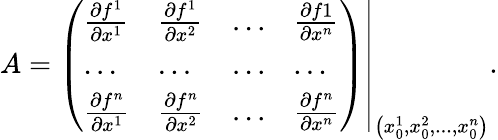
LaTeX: A=\left.\left(\begin{array}{llll}{\frac{\partial f^{1}}{\partial x^{1}}}&{\frac{\partial f^{1}}{\partial x^{2}}}&{...}&{\frac{\partial f1}{\partial x^{n}}}\\ {...}&{...}&{...}&{...}\\ {\frac{\partial f^{n}}{\partial x^{1}}}&{\frac{\partial f^{n}}{\partial x^{2}}}&{...}&{\frac{\partial f^{n}}{\partial x^{n}}}\end{array}\right)\right\vert_{\left(x_{0}^{1},x_{0}^{2},...,x_{0}^{n}\right)}.